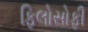
ફિલોસોફી